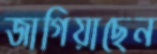
জাগিয়াছেন